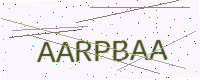
Text: AARPBAA